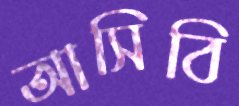
আসিবি